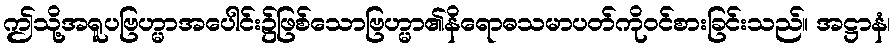
ဤသို့အရူပဗြဟ္မာအပေါင်း၌ဖြစ်သောဗြဟ္မာ၏နိရောဓသမာပတ်ကိုဝင်စားခြင်းသည်။ အဋ္ဌာနံ၊